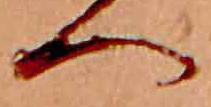
へ